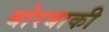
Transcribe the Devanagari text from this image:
बोरबाकी